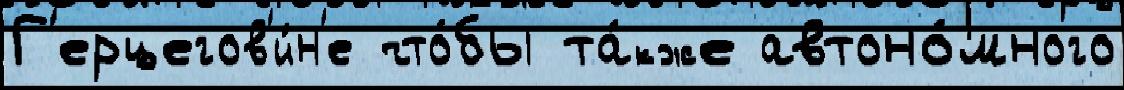
Г'ерцегов'и́н'е что́бы та́кже автоно́много